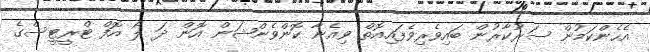
އެހެންކަމުން ސަރުކާރުން ބައިވެރިވެފައިއޮތް ވިއެނާ ކޮންވެންޝަން އޮން ދަ ލޯ އޮފް ޓްރީޓީސްގެ